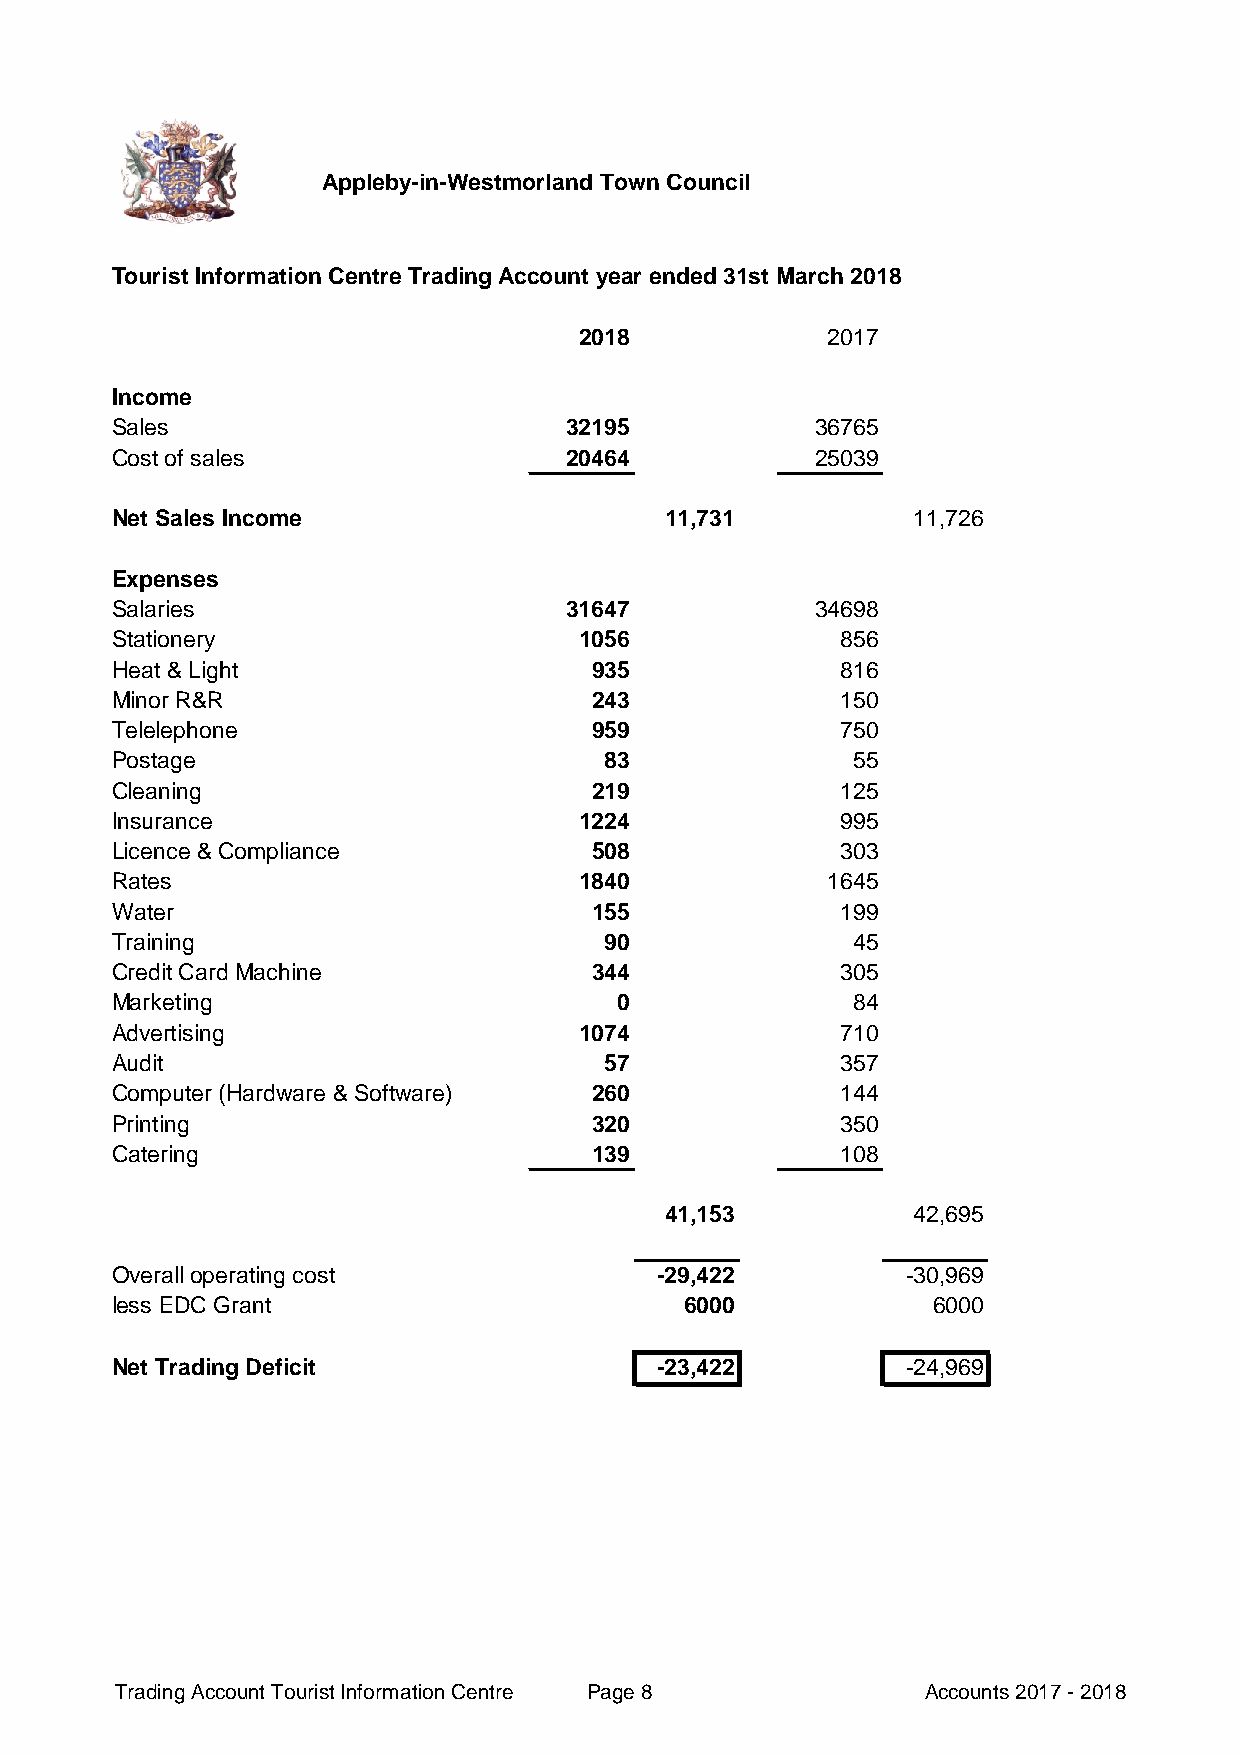
Appleby-in-Westmorland Town Council
 Tourist Information Centre Trading Account year ended 31st March 2018
 2018             2017
 Income
 Sales                         32195            36765
 Cost of sales                 20464            25039
 Net Sales Income                     11,731          11,726
 Expenses
 Salaries                      31647            34698
 Stationery                     1056              856
 Heat & Light                    935              816
 Minor R&R                       243              150
 Telelephone                     959              750
 Postage                          83              55
 Cleaning                        219              125
 Insurance                      1224              995
 Licence & Compliance            508              303
 Rates                          1840             1645
 Water                           155              199
 Training                         90              45
 Credit Card Machine             344              305
 Marketing                         0              84
 Advertising                    1074              710
 Audit                            57              357
 Computer (Hardware & Software)  260              144
 Printing                        320              350
 Catering                        139              108
 41,153          42,695
 Overall operating cost              -29,422          -30,969
 less EDC Grant                        6000             6000
 Net Trading Deficit                 -23,422          -24,969
 Trading Account Tourist Information Centre Page 8    Accounts 2017 - 2018